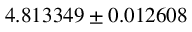
4 . 8 1 3 3 4 9 \pm 0 . 0 1 2 6 0 8